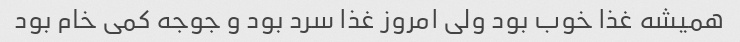
همیشه غذا خوب بود ولی امروز غذا سرد بود و جوجه کمی خام بود